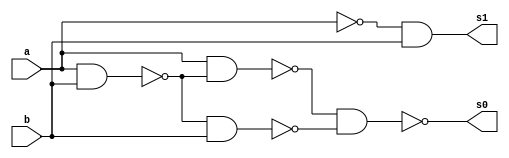
// ---------------------
// Nome: Silvino Henrique Santos de Souza
// ---------------------

// ---------------------
// -- meia diferenca
// ---------------------

module meiadiferenca (s0, s1, a, b);
 output s0, s1;
 input  a, b;
 wire s2,s3,s4,s5,s6,s7;
 
 nand nandgate1 (s2, a, b);
 nand nandgate7 (s6, a, a);
 nand nandgate2 (s7, s6, b);
 nand nandgate8 (s1, s7, s7);
 nand nandgate3 (s3, a, b);
 nand nandgate4 (s4, a, s3);
 nand nandgate5 (s5, s3, b);
 nand nandgate6 (s0, s4, s5);

endmodule // meia diferenca

// --------------------------
// -- teste meia diferenca nand
// --------------------------

module testmeiadiferenca;
 reg   a, b;             
 wire  s0, s1;
          // instancia
 meiadiferenca MEIADIFERENCA1 (s0, s1, a, b);

 initial begin:start
      a=0; b=0;
 end

          // parte principal
 initial begin:main
      $display("Guia 03_03 - Silvino Henrique Santos de Souza - 412773");
      $display("Test Meia Diferenca NAND gate");
      $display("\n a | b = s0 s1\n");
      $monitor(" %b | %b = %b %b", a, b, s0, s1);
  #1  a=0; b=1; 
  #1  a=1; b=0; 
  #1  a=1; b=1; 
  
 end

endmodule // testmeiadiferenca

/*Guia 03_03 - Silvino Henrique Santos de Souza - 412773
    Test Meia Diferenca NAND gate
    
     a | b = s0 s1
    
     0 | 0 = 0 0
     0 | 1 = 1 1
     1 | 0 = 1 0
     1 | 1 = 0 0*/